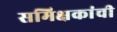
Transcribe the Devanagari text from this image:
समिक्षकांची